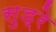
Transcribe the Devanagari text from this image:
सुड्रे